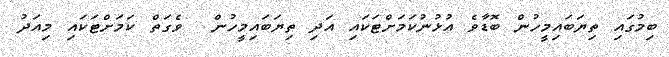
ބިމުގައި ތިޔަބައިމީހުން ބޮޑާވެ އުޅުނުކަމަށްޓަކައި އަދި ތިޔަބައިމީހުން  ވެގަތް ކަމަށްޓަކައި މިއަދު